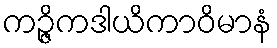
ကဉ္ဇိကဒါယိကာဝိမာနံ